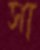
সা